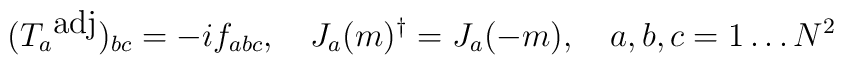
(T_a{}^{\mbox{adj}})_{bc} = -if_{abc},\quad J_a(m)^{\dag} = J_a(-m),\quad a,b,c = 1\dots N^2